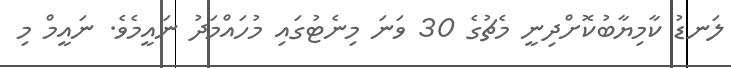
ލަނޑު ކާމިޔާބުކޮށްދިނީ މެޗުގެ 30 ވަނަ މިނެޓުގައި މުހައްމަދު ނައީމެވެ. ނައީމް މި